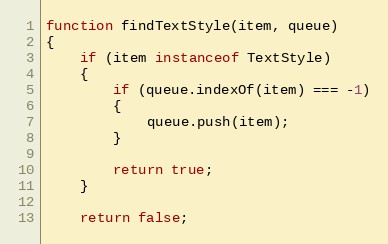
Language: JavaScript
function findTextStyle(item, queue)
{
    if (item instanceof TextStyle)
    {
        if (queue.indexOf(item) === -1)
        {
            queue.push(item);
        }

        return true;
    }

    return false;